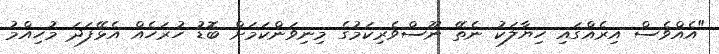
"އެއްވެސް އިރެއްގައި ހިޔާލަކު ނެތޭ ނޫސްވެރިކަމުގެ މިނިވަންކަމަށް ބޮޑު ހުރަހެއް އެޅޭފަދަ މުހިއްމު